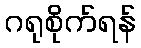
ဂရုစိုက်ရန်